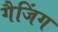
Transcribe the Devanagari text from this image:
गैजिंग